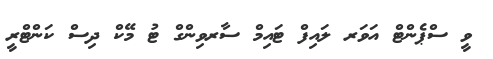
ވީ ސްޕެންޓް އަވަރ ލައިފް ޓައިމް ސާރވިންގް ޓު މޭކް ދިސް ކަންޓްރީ